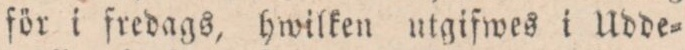
för i fredags, hwilken utgifwes i Udde=